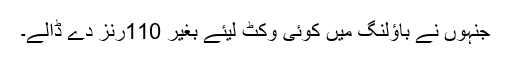
جنہوں نے باؤلنگ میں کوئی وکٹ لیئے بغیر 110رنز دے ڈالے۔